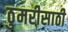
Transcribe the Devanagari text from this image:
ठुमरीसाठी